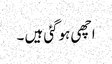
اچھی ہوگئی ہیں ۔